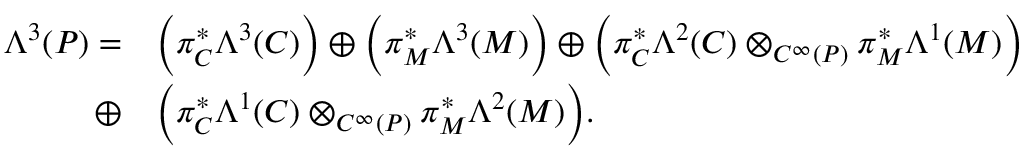
\begin{array} { r l } { \Lambda ^ { 3 } ( P ) = } & { \bigg ( \pi _ { C } ^ { * } \Lambda ^ { 3 } ( C ) \bigg ) \oplus \bigg ( \pi _ { M } ^ { * } \Lambda ^ { 3 } ( M ) \bigg ) \oplus \bigg ( \pi _ { C } ^ { * } \Lambda ^ { 2 } ( C ) \otimes _ { C ^ { \infty } ( P ) } \pi _ { M } ^ { * } \Lambda ^ { 1 } ( M ) \bigg ) } \\ { \oplus } & { \bigg ( \pi _ { C } ^ { * } \Lambda ^ { 1 } ( C ) \otimes _ { C ^ { \infty } ( P ) } \pi _ { M } ^ { * } \Lambda ^ { 2 } ( M ) \bigg ) . } \end{array}